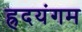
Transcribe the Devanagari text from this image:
ह्रदयंगम